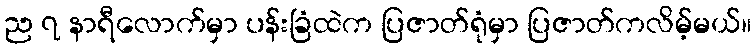
ည ၇ နာရီလောက်မှာ ပန်းခြံထဲက ပြဇာတ်ရုံမှာ ပြဇာတ်ကလိမ့်မယ်။